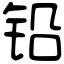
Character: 铅